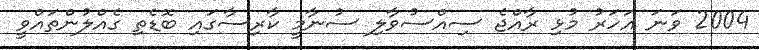
2004 ވަނަ އަހަރު މުޅި ރާއްޖެ ސިއްސުވާލި ސުނާމީ ކާރިސާގައި ބޮޑެތި ގެއްލުންތައްވީ